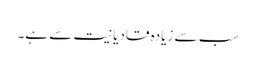
سب سے زیادہ قادیانیت سے ہے۔